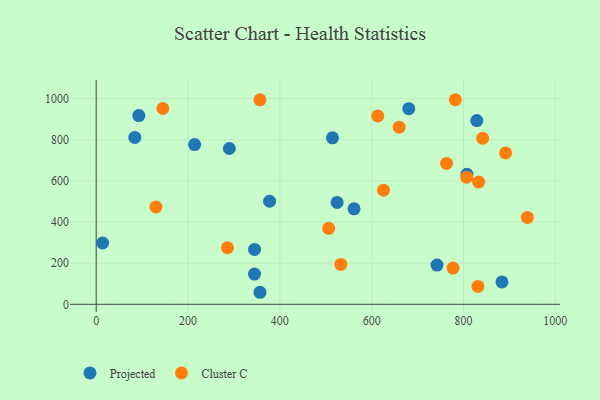
{"axis": {"x": "Study Hours", "y": "Exam Score"}, "legend": ["Cluster C", "Projected"], "data": [{"x": "514.6", "y": 809.0, "type": "Projected"}, {"x": "92.9", "y": 917.2, "type": "Projected"}, {"x": "14.0", "y": 298.0, "type": "Projected"}, {"x": "344.9", "y": 266.9, "type": "Projected"}, {"x": "883.8", "y": 108.9, "type": "Projected"}, {"x": "807.4", "y": 631.7, "type": "Projected"}, {"x": "828.9", "y": 893.3, "type": "Projected"}, {"x": "377.6", "y": 500.9, "type": "Projected"}, {"x": "742.3", "y": 190.6, "type": "Projected"}, {"x": "524.7", "y": 495.3, "type": "Projected"}, {"x": "290.0", "y": 757.3, "type": "Projected"}, {"x": "356.7", "y": 58.5, "type": "Projected"}, {"x": "84.1", "y": 811.4, "type": "Projected"}, {"x": "561.6", "y": 464.3, "type": "Projected"}, {"x": "344.8", "y": 147.0, "type": "Projected"}, {"x": "214.4", "y": 776.6, "type": "Projected"}, {"x": "680.8", "y": 951.0, "type": "Projected"}, {"x": "659.9", "y": 860.9, "type": "Cluster C"}, {"x": "613.3", "y": 915.5, "type": "Cluster C"}, {"x": "285.9", "y": 274.9, "type": "Cluster C"}, {"x": "782.3", "y": 994.4, "type": "Cluster C"}, {"x": "939.1", "y": 422.2, "type": "Cluster C"}, {"x": "145.2", "y": 951.8, "type": "Cluster C"}, {"x": "506.3", "y": 369.5, "type": "Cluster C"}, {"x": "833.1", "y": 593.9, "type": "Cluster C"}, {"x": "831.4", "y": 86.7, "type": "Cluster C"}, {"x": "532.8", "y": 194.0, "type": "Cluster C"}, {"x": "841.7", "y": 807.1, "type": "Cluster C"}, {"x": "625.7", "y": 554.6, "type": "Cluster C"}, {"x": "763.1", "y": 684.8, "type": "Cluster C"}, {"x": "891.6", "y": 735.6, "type": "Cluster C"}, {"x": "130.0", "y": 473.0, "type": "Cluster C"}, {"x": "807.0", "y": 617.8, "type": "Cluster C"}, {"x": "777.1", "y": 175.9, "type": "Cluster C"}, {"x": "356.7", "y": 993.9, "type": "Cluster C"}]}